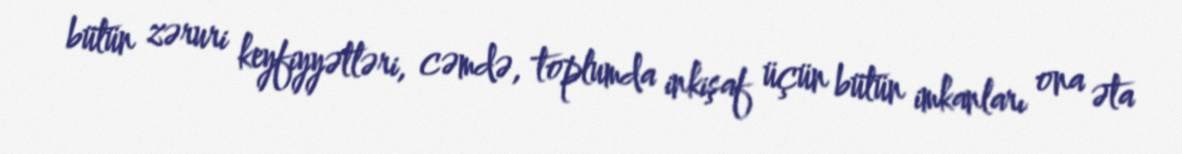
bütün zəruri keyfiyyətləri, cəmdə, toplumda inkişaf üçün bütün imkanları ona əta